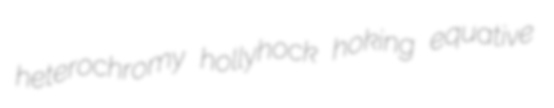
heterochromy hollyhock hoking equative